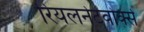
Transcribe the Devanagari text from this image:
रियलनेटवोर्क्स